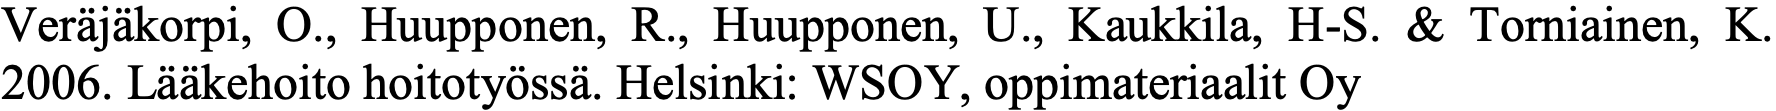
Veräjäkorpi, O., Huupponen, R., Huupponen, U., Kaukkila, H-S. & Torniainen, K. 2006. Lääkehoito hoitotyössä. Helsinki: WSOY, oppimateriaalit Oy